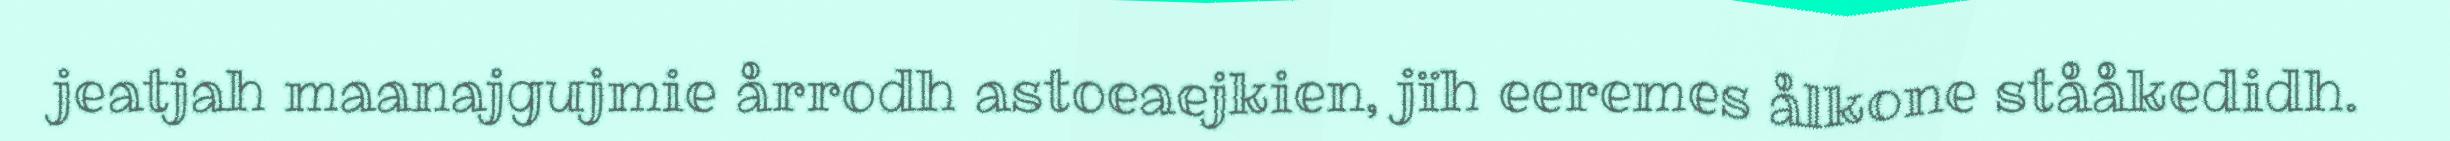
jeatjah maanajgujmie årrodh astoeaejkien, jïh eeremes ålkone stååkedidh.